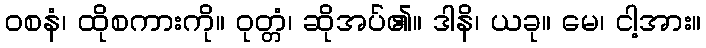
ဝစနံ၊ ထိုစကားကို။ ဝုတ္တံ၊ ဆိုအပ်၏။ ဒါနိ၊ ယခု။ မေ၊ ငါ့အား။